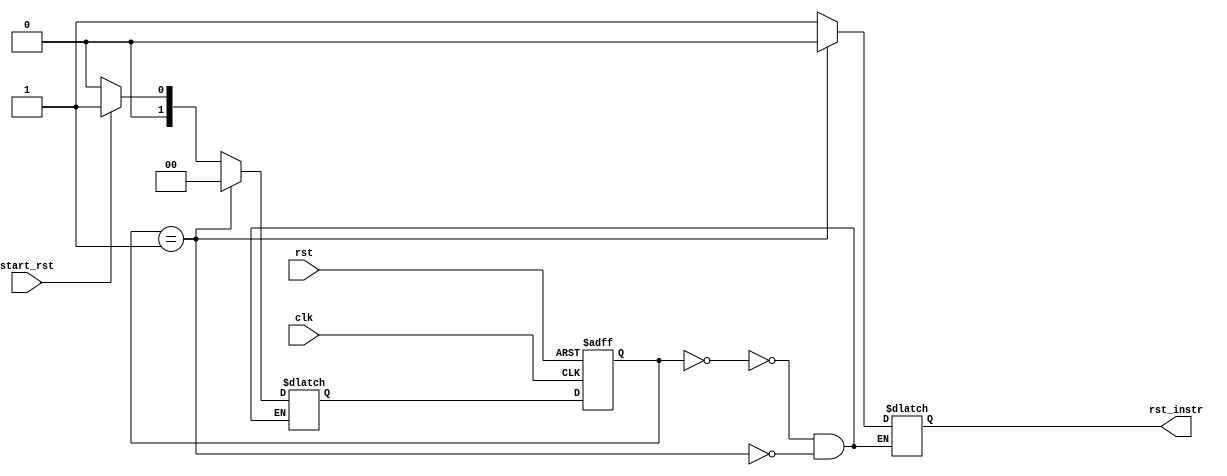
`timescale 1ns/1ps

module RST_FSM_3
		(
		input clk, rst,
		input start_rst,
		output reg rst_instr);
		//output reg done_rst);

		reg [1 : 0] state, next_state;

	localparam STATE_START = 2'b00, STATE_RESET = 2'b01; //, STATE_END = 2'b10;

	always @(posedge clk, negedge rst) begin
		if (! rst)
			state <= STATE_START;
		else
			state <= next_state;
	end

	always @(state, start_rst)
		case (state)
			STATE_START:
			begin
				if (start_rst)
					next_state <= STATE_RESET;
				else
					next_state <= STATE_START;
			end

			STATE_RESET:
				next_state <= STATE_START;

			/*STATE_END:
				next_state <= STATE_START;*/
	
		endcase

	always @(state)
		case (state)
			STATE_START:
			begin
				rst_instr <= 1;
				//done_rst <= 0;
			end

			STATE_RESET:
			begin
				rst_instr <= 0;
				//done_rst <= 0;
			end

			/*STATE_END:
			begin
				rst <= 1;
				done_rst <= 1;
			end*/
		
		endcase
endmodule